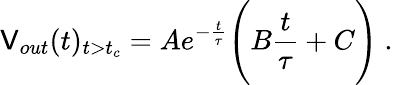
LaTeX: \mathsf{V}_{out}(t)_{t>t_{c}}=Ae^{-\frac{{t}}{{\tau}}}\Bigg(B\frac{{t}}{{\tau}}+C\Bigg)~.